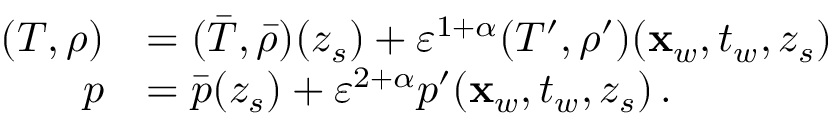
\begin{array} { r l } { ( T , \rho ) } & { = ( \bar { T } , \bar { \rho } ) ( z _ { s } ) + { \varepsilon } ^ { 1 + \alpha } ( T ^ { \prime } , \rho ^ { \prime } ) ( \mathbf { x } _ { w } , t _ { w } , z _ { s } ) } \\ { p } & { = \bar { p } ( z _ { s } ) + { \varepsilon } ^ { 2 + \alpha } p ^ { \prime } ( \mathbf { x } _ { w } , t _ { w } , z _ { s } ) \, . } \end{array}